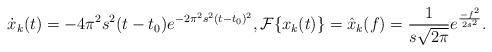
LaTeX: \begin{align*} \dot{x}_k(t) = -4 \pi^2 s^2 (t-t_0) e^{-2\pi^2s^2(t-t_0)^2}, \mathcal{F}\{x_k(t)\} = \hat{x}_k(f) = \frac{1}{s \sqrt{2 \pi}} e ^{\frac{-f^2}{2s^2}}.\end{align*}